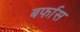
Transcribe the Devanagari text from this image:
बर्फास